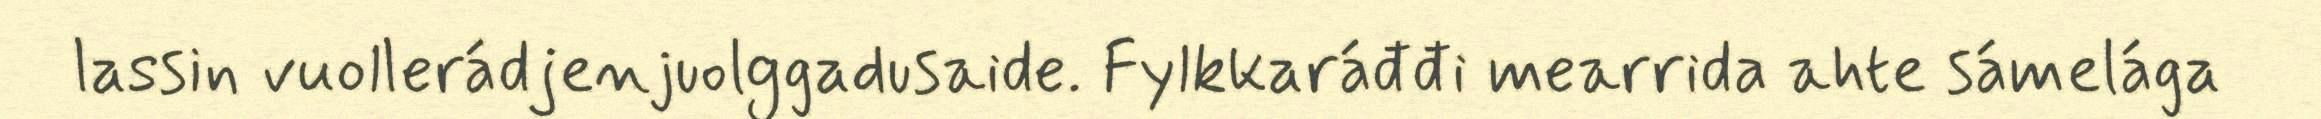
lassin vuollerádjenjuolggadusaide. Fylkkaráđđi mearrida ahte sámelága